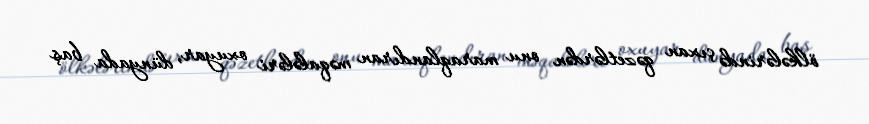
ölkələrində çıxan qəzetlərdən onu maraqlandıran məqalələri oxuyar, dünyada baş